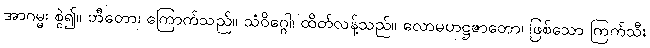
အာဂမ္မ၊ စွဲ၍။ ဘီတော၊ ကြောက်သည်။ သံဝိဂ္ဂေါ၊ ထိတ်လန့်သည်။ လောမဟဋ္ဌဇာတော၊ ဖြစ်သော ကြက်သီး